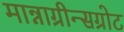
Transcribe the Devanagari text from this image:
मान्नाग्रीन्सग्रोट